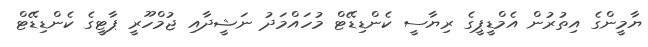
ޔާމީންގެ އިތުރުން އެމްޑީޕީގެ ރިޔާސީ ކެންޑިޑޭޓް މުހައްމަދު ނަޝީދާއި ޖުމްހޫރީ ޕާޓީގެ ކެންޑިޑޭޓް